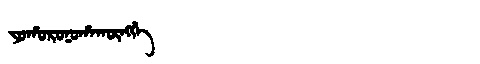
Manchu: ᠶᠣᡥᠣᡵᠣᠨᠣᡥᠠᡴᡡᠩᡤᡝ
Romanization: YOHORONOHAKŪNGGE